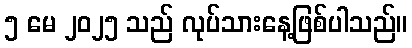
၅ မေ ၂၀၂၅ သည် လုပ်သားနေ့ဖြစ်ပါသည်။